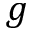
g